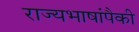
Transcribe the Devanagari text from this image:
राज्यभाषांपैकी